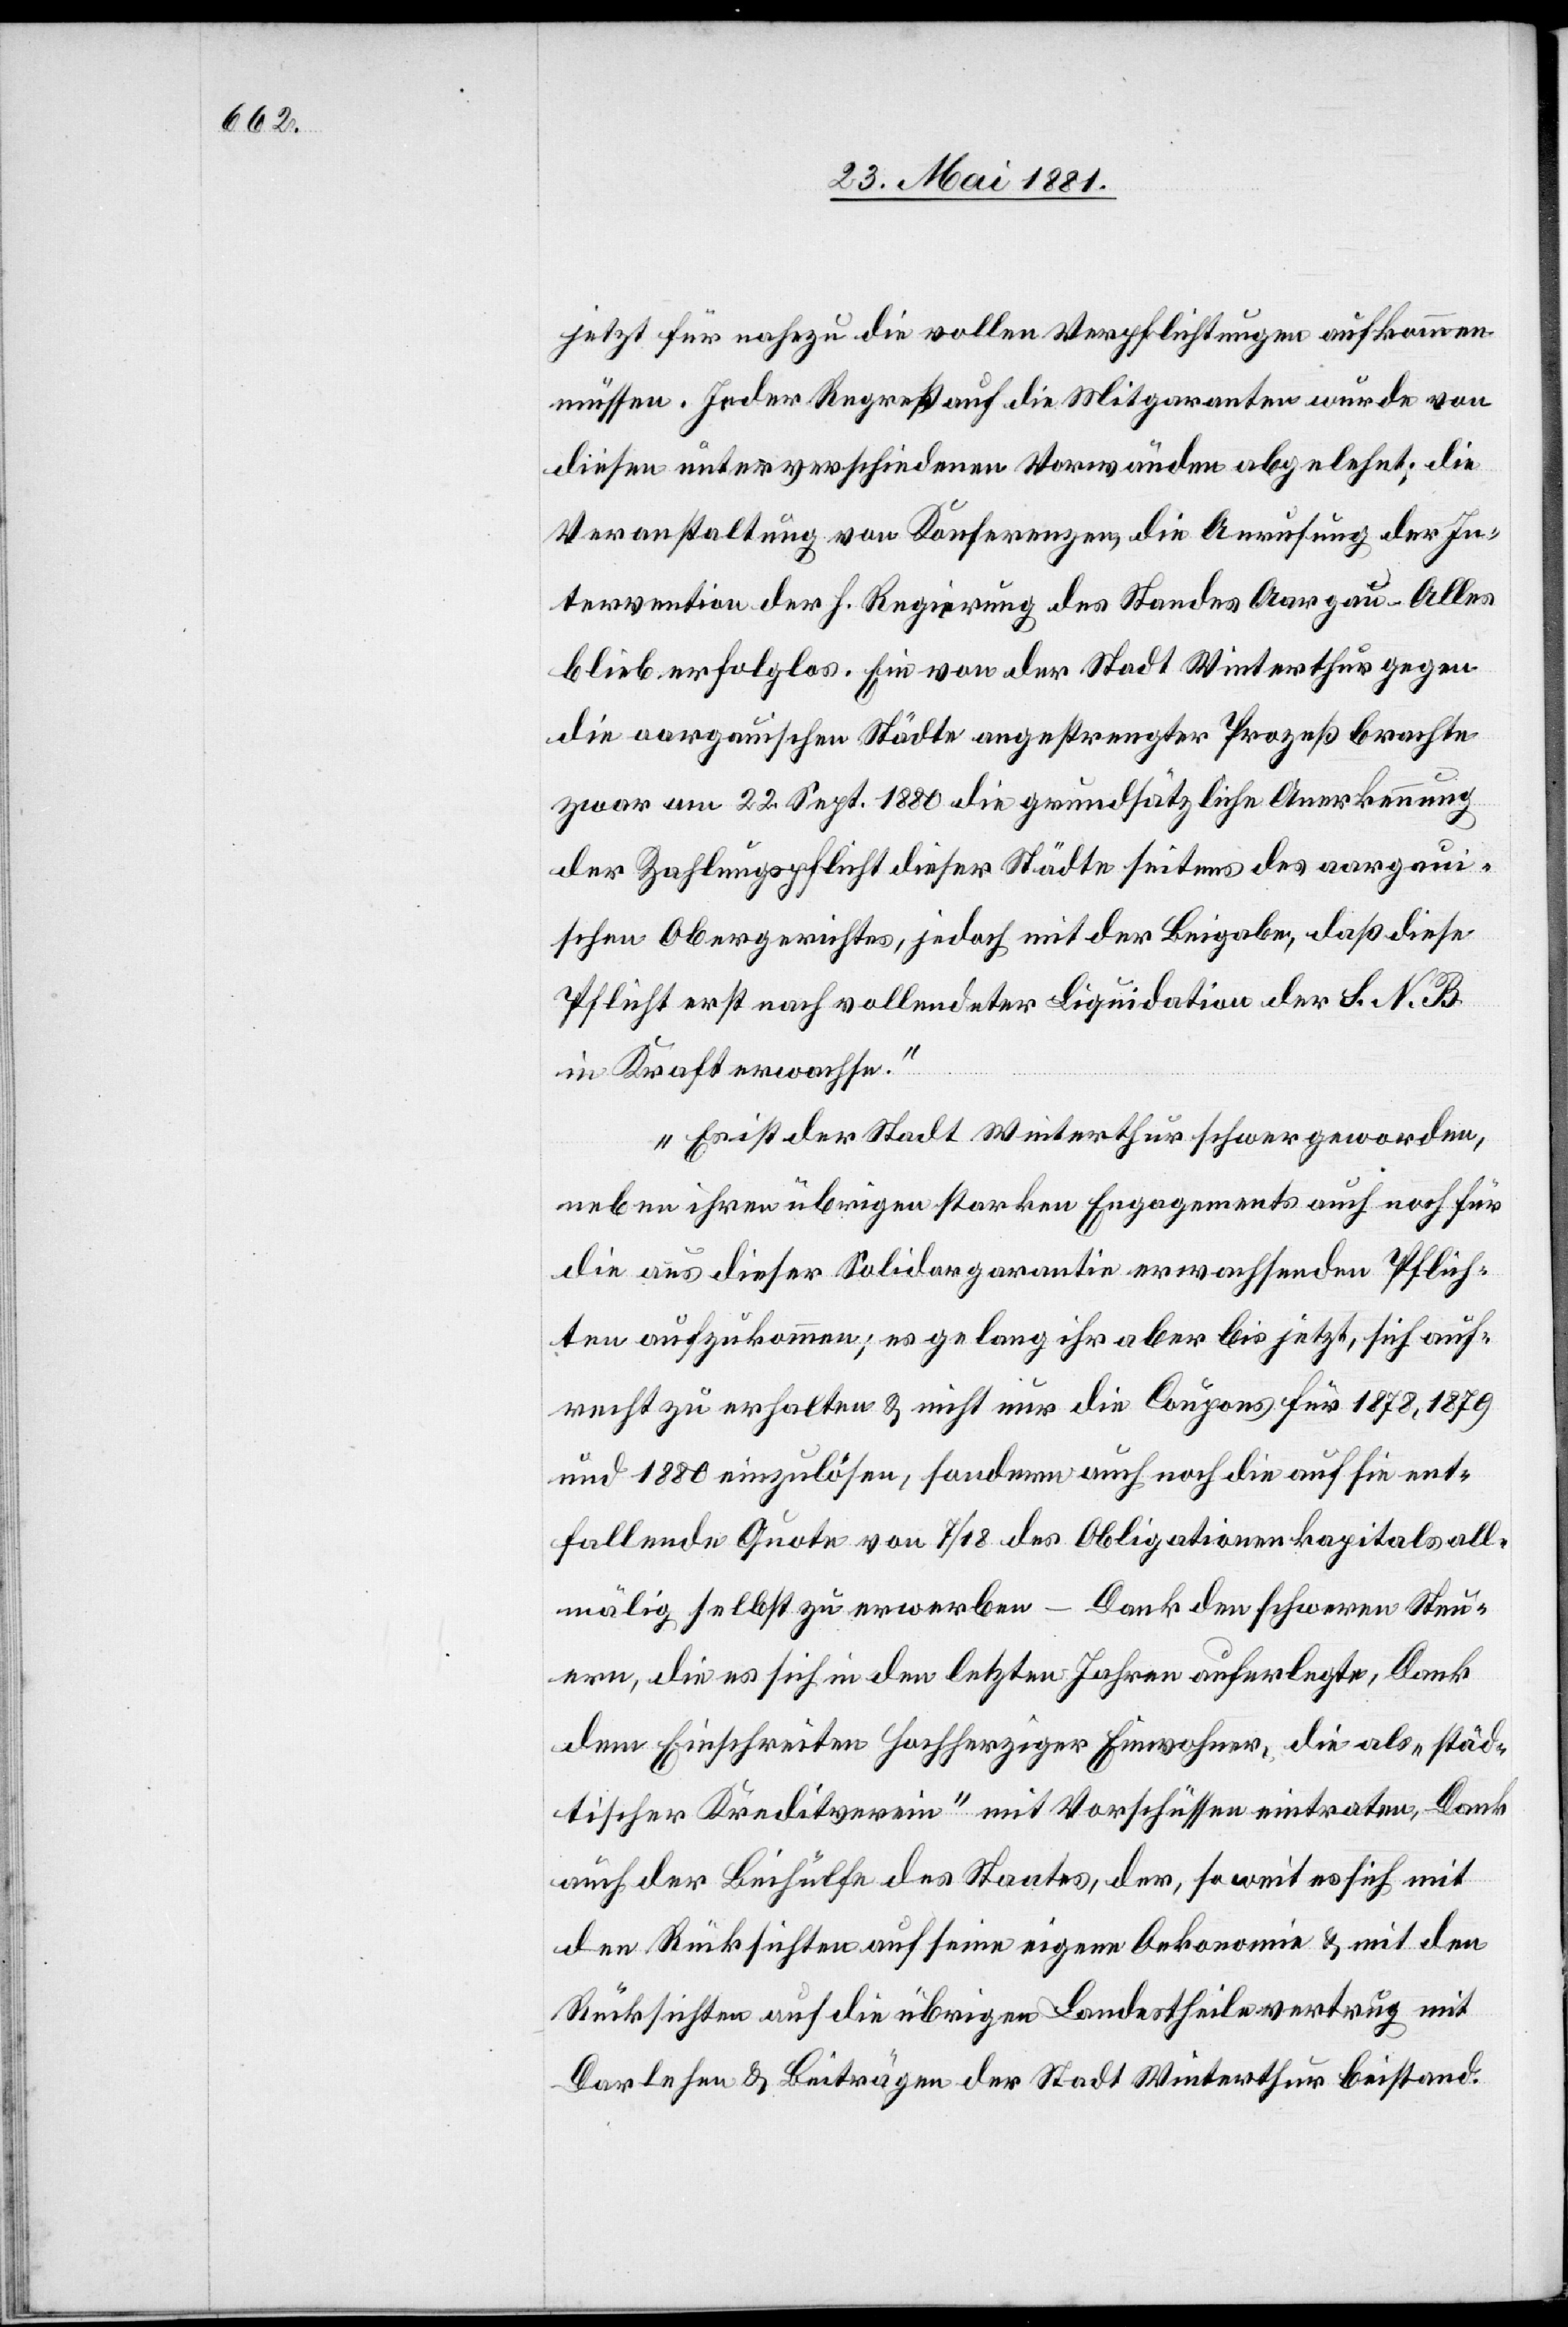
jetzt für nahezu die vollen Verpflichtungen aufkommen
müssen. Jeder Regreß auf die Mitgaranten wurde von
diesen unter verschiedenen Vorwänden abgelehnt; die
Veranstaltung von Konferenzen, die Anrufung der In¬
tervention der h. Regierung des Standes Aargau – Alles
blieb erfolglos. Ein von der Stadt Winterthur gegen
die aargauischen Städte angestrengter Prozeß brachte
zwar am 22. September. 1880 die grundsätzliche Anerkennung
der Zahlungspflicht dieser Städte seitens des aargaui¬
schen Obergerichtes, jedoch mit der Beigabe, daß diese
Pflicht erst nach vollendeter Liquidation der S. N. B.
in Kraft erwachse.
Es ist der Stadt Winterthur schwer geworden,
neben ihren übrigen starken Engagements auch noch für
die aus dieser Solidargarantie erwachsenden Pflich¬
ten aufzukommen; es gelang ihr aber bis jetzt, sich auf¬
recht zu erhalten & nicht nur die Coupons für 1878, 1879
und 1880 einzulösen, sondern auch noch die auf sie ent¬
fallende Quote von 7/18 des Obligationskapitals all¬
mälig selbst zu erwerben – Dank den schweren Steu¬
ern, die es sich in den letzten Jahren auferlegte, Dank
dem Einschreiten hochherziger Einwohner, die als „städ¬
tischer Kreditverein“ mit Vorschüssen eintraten, Dank
auch der Beihülfe des Staates, der, so weit es sich mit
den Rücksichten auf seine eigene Oekonomie & mit den
Rücksichten auf die übrigen Landestheile vertrug mit
Darlehen & Beiträgen der Stadt Winterthur beistand.